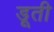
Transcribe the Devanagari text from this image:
डूती